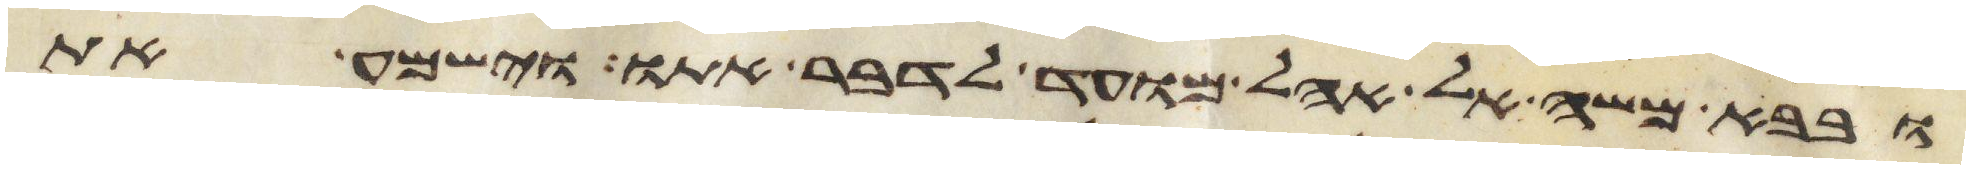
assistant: ובבא משה אל אהל מועד לדבר אתו וישמע את